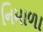
નિમાળા